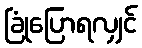
ခြုံပြောရလျှင်